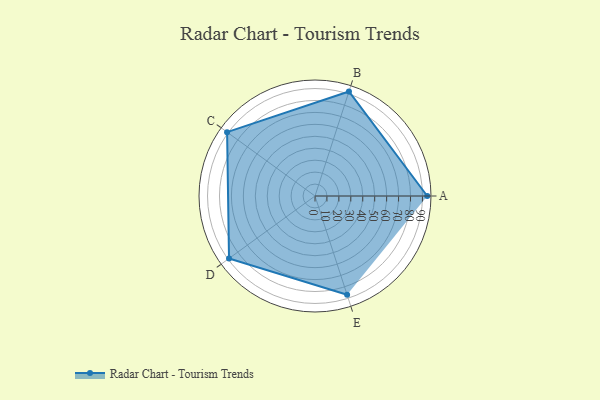
{"axis": {"x": "Skill", "y": "Score"}, "legend": ["Profile"], "data": [{"x": "A", "y": 94.0, "type": "Profile"}, {"x": "B", "y": 92.0, "type": "Profile"}, {"x": "C", "y": 91.0, "type": "Profile"}, {"x": "D", "y": 89.0, "type": "Profile"}, {"x": "E", "y": 87.0, "type": "Profile"}]}